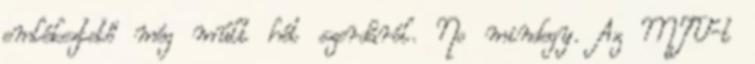
emlékeztető még múlt hét szerdáról. No mindegy. Az MTV-t